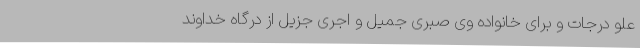
علو درجات و برای خانواده وی صبری جمیل و اجری جزیل از درگاه خداوند